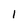
Character: 1